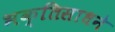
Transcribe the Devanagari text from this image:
भक्तिसाधने